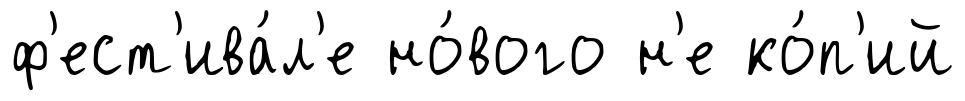
ф'ест'ива́л'е но́вого н'е ко́п'ий